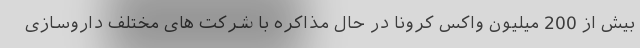
بیش از 200 میلیون واکس کرونا در حال مذاکره با شرکت های مختلف داروسازی